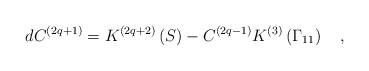
\begin{align*}dC^{\left( 2q+1\right) }=K^{\left( 2q+2\right) }\left( S\right)-C^{\left( 2q-1\right) }K^{\left( 3\right) }\left( \Gamma _{11}\right) \quad,\end{align*}